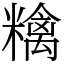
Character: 𥼝